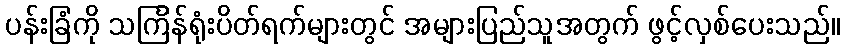
ပန်းခြံကို သင်္ကြန်ရုံးပိတ်ရက်များတွင် အများပြည်သူအတွက် ဖွင့်လှစ်ပေးသည်။